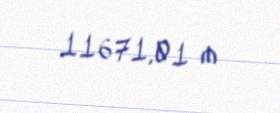
11671,01 ₼